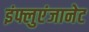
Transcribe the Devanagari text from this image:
इंफ्लुएंजानेट